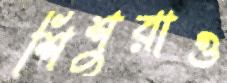
শিশুরাও